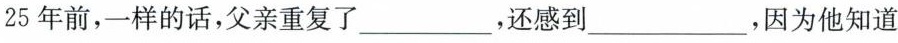
25年前，一样的话，父亲重复了___，还感到___，因为他知道